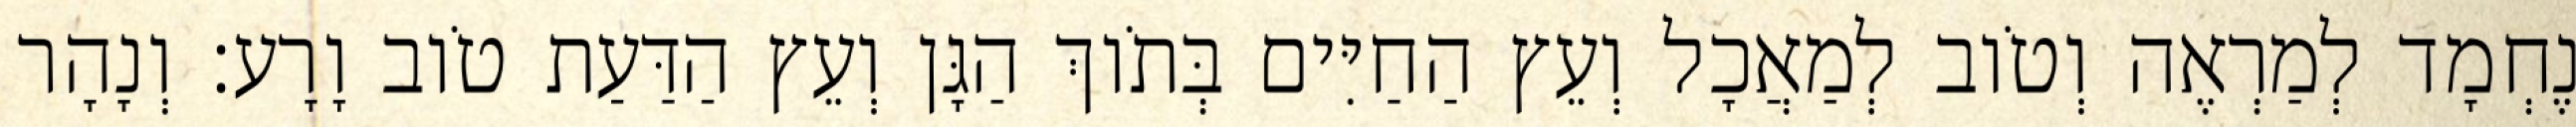
נֶחְמָד לְמַרְאֶה וְטֹוב לְמַאֲכָל וְעֵץ הַחַיִּים בְּתֹוךְ הַגָּן וְעֵץ הַדַּעַת טֹוב וָרָע׃ וְנָהָר